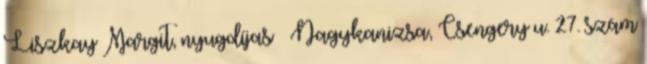
Liszkay Margit, nyugdíjas – Nagykanizsa, Csengery u. 27. szám